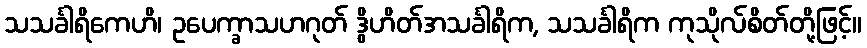
သသင်္ခါရိကေဟိ၊ ဥပေက္ခာသဟဂုတ် ဒွိဟိတ်အသင်္ခါရိက, သသင်္ခါရိက ကုသိုလ်စိတ်တို့ဖြင့်။